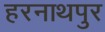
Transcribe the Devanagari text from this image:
हरनाथपुर